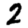
Digit: 2